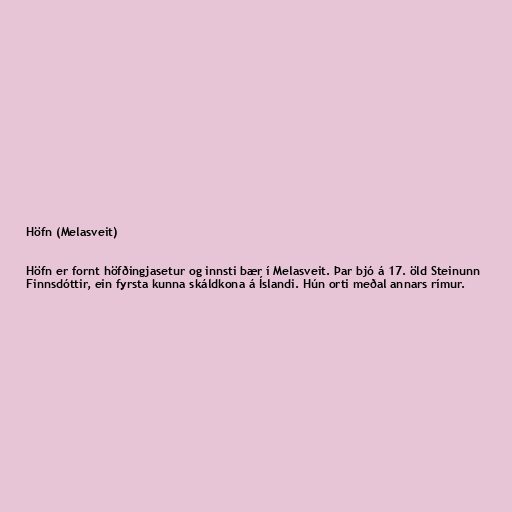
Höfn (Melasveit)

Höfn er fornt höfðingjasetur og innsti bær í Melasveit. Þar bjó á 17. öld Steinunn
Finnsdóttir, ein fyrsta kunna skáldkona á Íslandi. Hún orti meðal annars rímur.